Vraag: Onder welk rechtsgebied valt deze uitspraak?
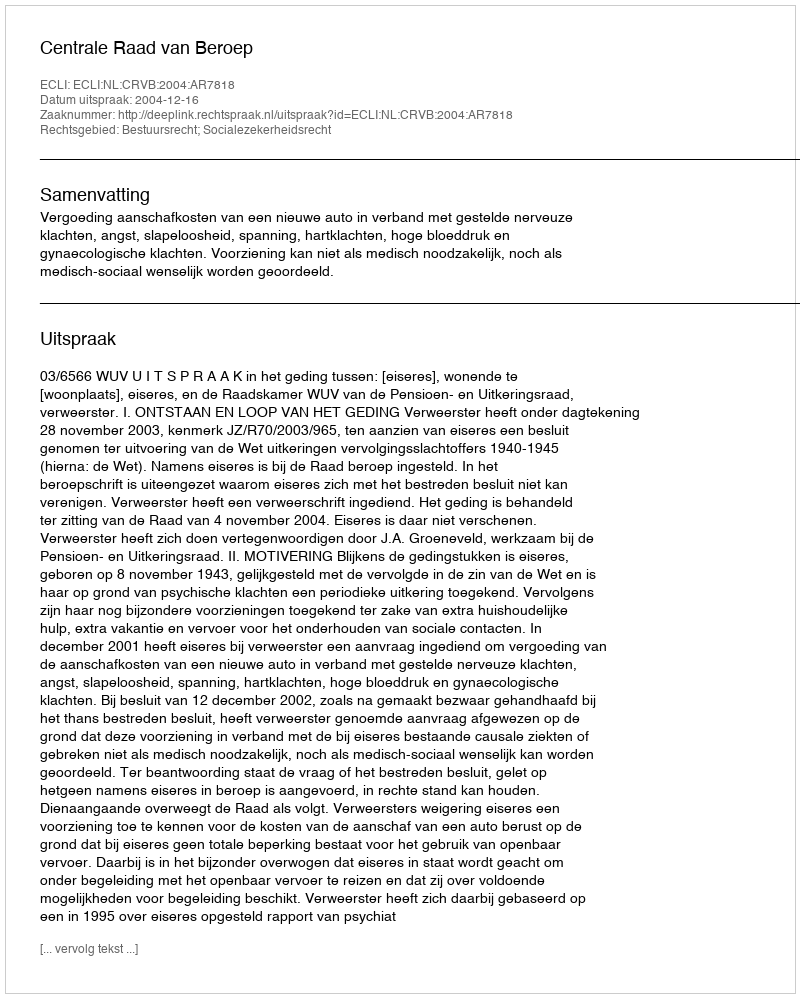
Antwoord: Bestuursrecht; Socialezekerheidsrecht